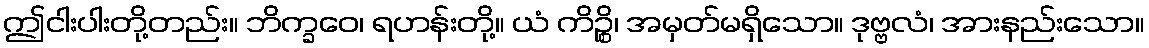
ဤငါးပါးတို့တည်း။ ဘိက္ခဝေ၊ ရဟန်းတို့။ ယံ ကိဉ္စိ၊ အမှတ်မရှိသော။ ဒုဗ္ဗလံ၊ အားနည်းသော။